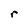
Character: r